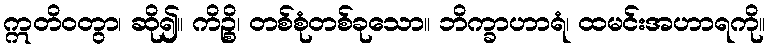
ဣတိဝတွာ၊ ဆို၍။ ကိဉ္စိ၊ တစ်စုံတစ်ခုသော။ ဘိက္ခာဟာရံ၊ ထမင်းအဟာရကို။